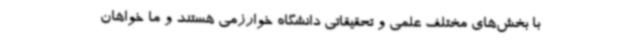
با بخش‌های مختلف علمی و تحقیقاتی دانشگاه خوارزمی هستند و ما خواهان